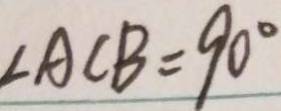
\angle A C B = 9 0 ^ { \circ }